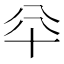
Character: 𠦎